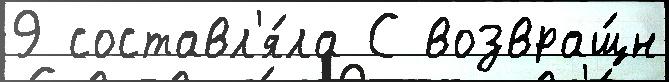
9 составл'я́ла С возвращ́н